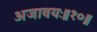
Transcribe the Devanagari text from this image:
अजावयः॥१०॥